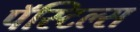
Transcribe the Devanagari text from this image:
पॅस्टिल्स